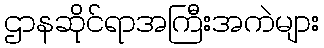
ဌာနဆိုင်ရာအကြီးအကဲများ